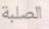
الصلبة